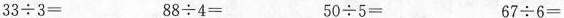
33\div3= 88\div4= 50\div5= 67\div6=